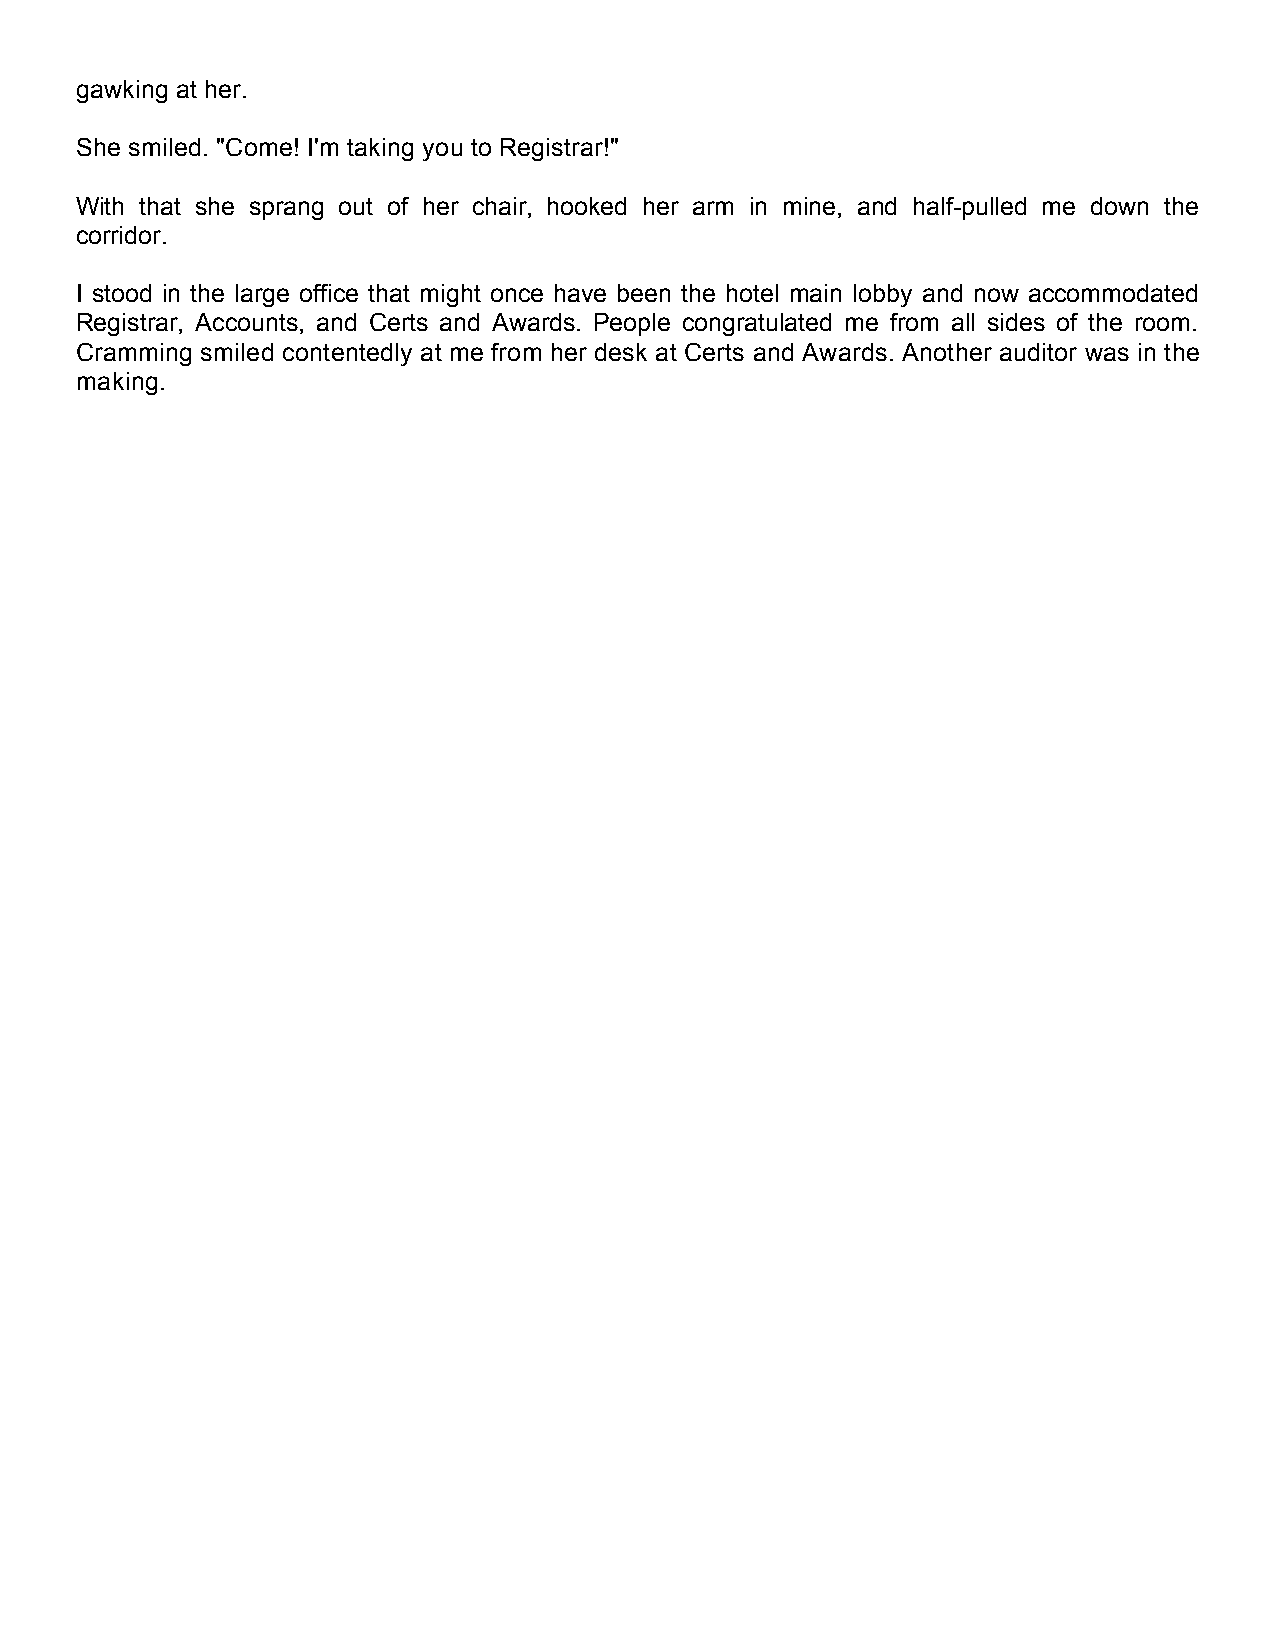
gawking at her.
 She smiled. "Come! I'm taking you to Registrar!"
 With that she sprang out of her chair, hooked her arm in mine, and half-pulled me down the
 corridor.
 I stood in the large office that might once have been the hotel main lobby and now accommodated
 Registrar, Accounts, and Certs and Awards. People congratulated me from all sides of the room.
 Cramming smiled contentedly at me from her desk at Certs and Awards. Another auditor was in the
 making.